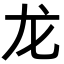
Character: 龙